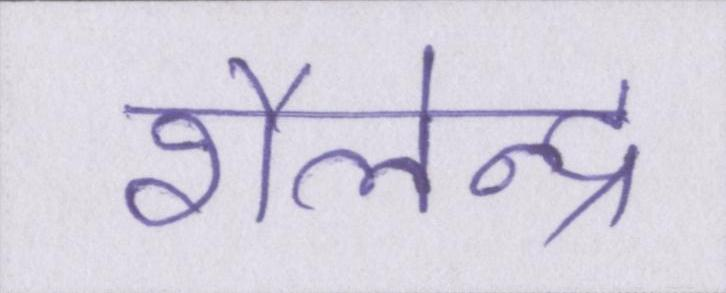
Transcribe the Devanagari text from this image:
शैलेन्द्र